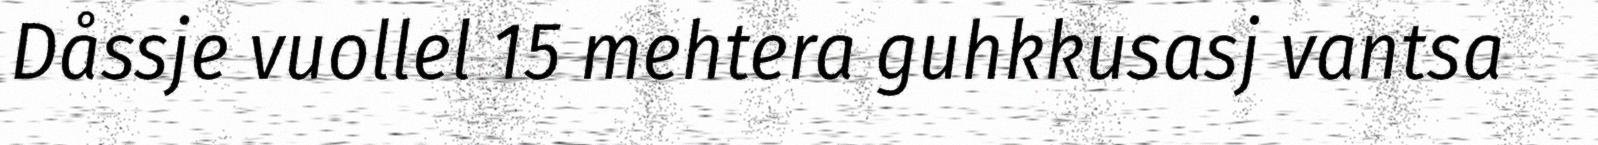
Dåssje vuollel 15 mehtera guhkkusasj vantsa